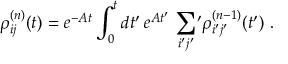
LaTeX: \rho _ { i j } ^ { ( n ) } ( t ) = e ^ { - A t } \int _ { 0 } ^ { t } d t ^ { \prime } \, e ^ { A t ^ { \prime } } \, \sum _ { i ^ { \prime } j ^ { \prime } } \, \! \! ^ { \prime } \rho _ { i ^ { \prime } j ^ { \prime } } ^ { ( n - 1 ) } ( t ^ { \prime } ) \ .